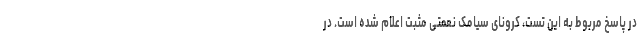
در پاسخ مربوط به این تست، کرونای سیامک نعمتی مثبت اعلام شده است. در